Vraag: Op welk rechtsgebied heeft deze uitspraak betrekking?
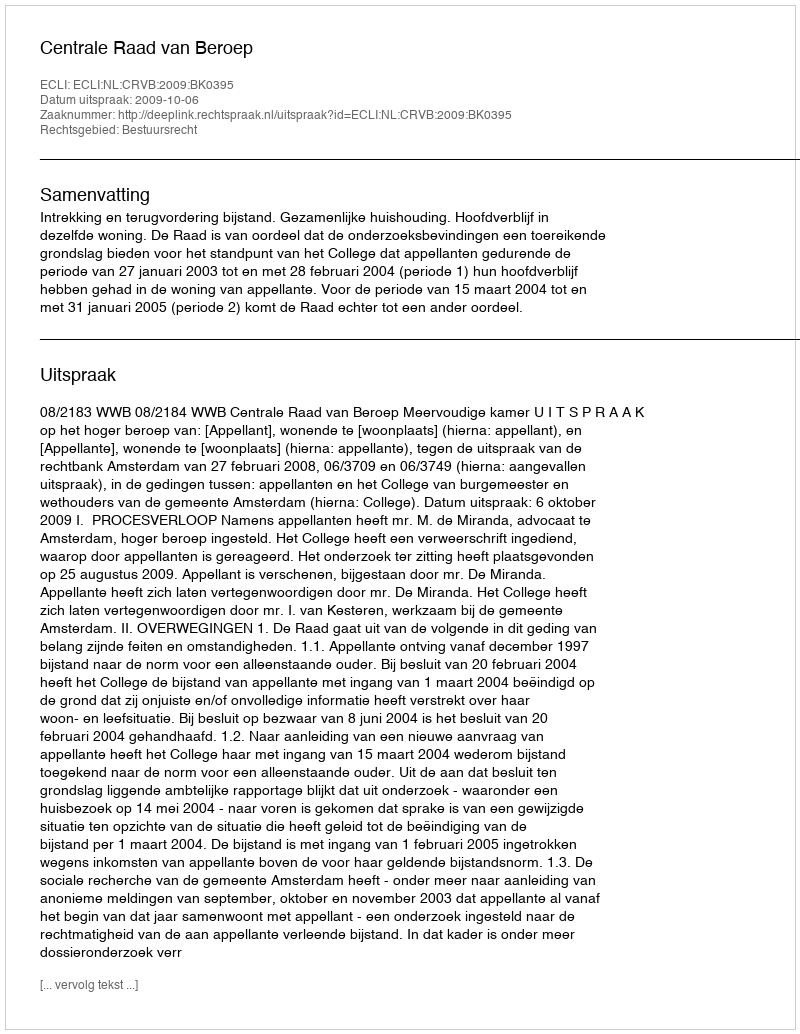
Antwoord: Bestuursrecht